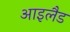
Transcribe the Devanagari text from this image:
आइलैड